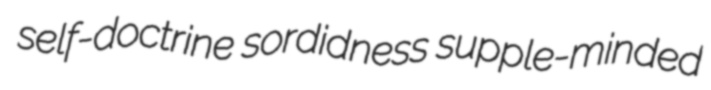
self-doctrine sordidness supple-minded